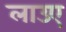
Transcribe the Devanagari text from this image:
लाउए